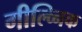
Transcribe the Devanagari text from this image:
गील्व्निक